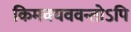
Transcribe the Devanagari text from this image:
किमवयववन्तोऽपि